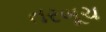
તરબૂચ